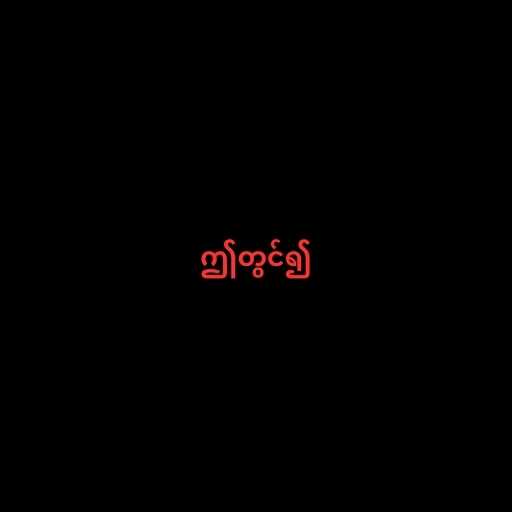
ဤတွင်၍